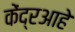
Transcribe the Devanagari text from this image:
केंद्रआहे